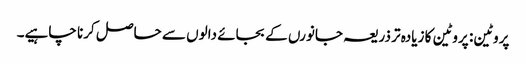
پروٹین: پروٹین کا زیادہ تر ذریعہ جانورں کے بجائے دالوں سے حاصل کرنا چاہیے۔